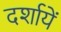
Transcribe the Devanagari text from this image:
दर्शायें